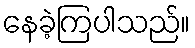
နေခဲ့ကြပါသည်။